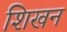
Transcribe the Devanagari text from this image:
शिखन